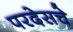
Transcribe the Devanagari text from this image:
परदेसचे